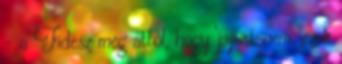
– a Fidesz meg attól, hogy ‘jaj istenem, ezek